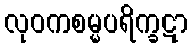
လုဝကစမ္မပရိက္ခဋာ